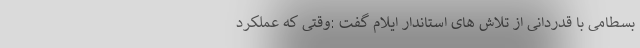
بسطامی با قدردانی از تلاش های استاندار ایلام گفت :وقتی که عملکرد